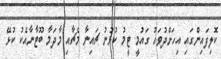
ކޮލިފައިންގައި އިހަށްދުވަހު ގައުމީ ޓީމު ކުޅުނު ޗައިނާ މެޗާއި މާދަމާ ބޫޓާނާއެކު ކުޅޭ